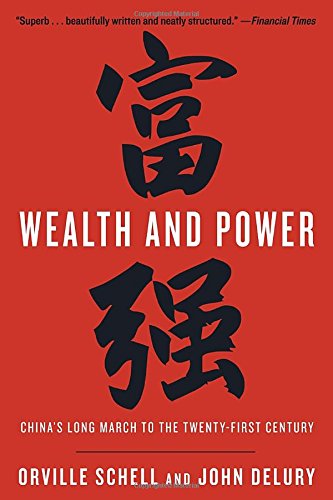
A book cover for Wealth and Power: China's Long March to the Twenty-first Century; Orville Schell; History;